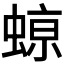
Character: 𮔥